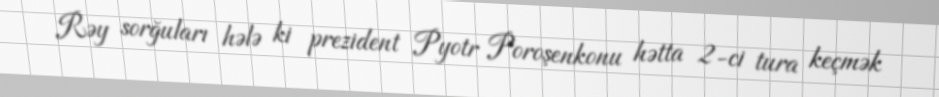
Rəy sorğuları hələ ki prezident Pyotr Poroşenkonu hətta 2-ci tura keçmək